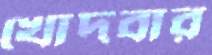
খোদবার